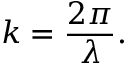
k = { \frac { 2 \pi } { \lambda } } .